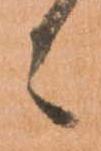
々